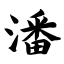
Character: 潘